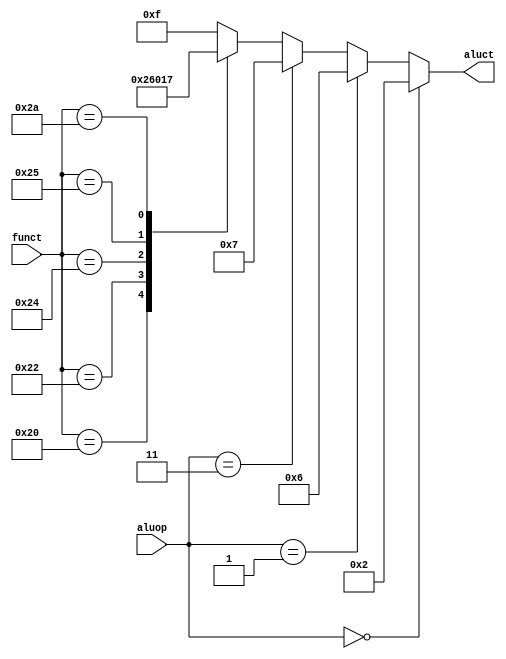
`timescale 1ns / 1ps
//////////////////////////////////////////////////////////////////////////////////
// Company: 
// Engineer: 
// 
// Design Name: 
// Module Name:    ALUControl 
// Project Name: 
// Target Devices: 
// Tool versions: 
// Description: 
//
// Dependencies: 
//
// Revision: 
// Revision 0.01 - File Created
// Additional Comments: 
//
//////////////////////////////////////////////////////////////////////////////////
module ALUControl(funct,aluop,aluct);

   input wire [5:0] funct;
   input wire [1:0] aluop;
	output reg [3:0] aluct;


	always @(*) begin
	
	   if(aluop==2'b00)
	      aluct = 4'b0010;
		else if(aluop==2'b01)
		   aluct = 4'b0110;
		else if(aluop==2'b11)
		   aluct = 4'b0111;
	   else
		case(funct[5:0])
			6'b100000:  aluct = 4'b0010;	/* add */
			6'b100010:  aluct = 4'b0110;	/* sub */
			6'b100100:  aluct = 4'b0000;	/* and */
			6'b100101:  aluct= 4'b0001;	/* or*/
			6'b101010:  aluct = 4'b0111;	/* slt */
			default: aluct = 4'b1111;
		endcase
	end

	

endmodule